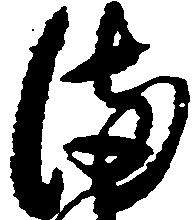
備